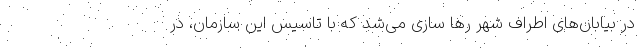
در بیابان‌های اطراف شهر رها سازی می‌شد که با تاسیس این سازمان، در